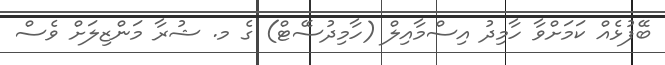
ބޭފުޅެއް ކަމަށްވާ ހާމިދު އިސްމާއިލް (ހާމިދުސޭޓް) ގެ މ. ޝުރާ މަންޒިލަށް ވެސް